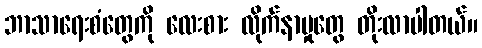
ဘာသာရေးစံတွေကို လေးစား လိုက်နာမှုတွေ တိုးလာပါတယ်။